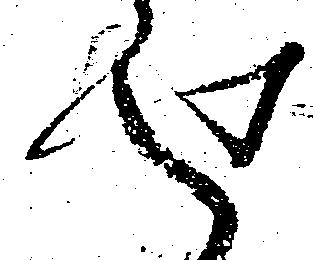
せ